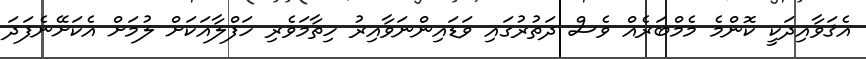
އެޤަވާއިދަކީ ކޮންމެ މެމްބަރެއް ވެސް ދަތުރުގައި ވަޑައިންނަވާއިރު ހިތާމަވެރި ހަފްލާއަކަށް ލުމަށް އެކަށޭނެފަދަ